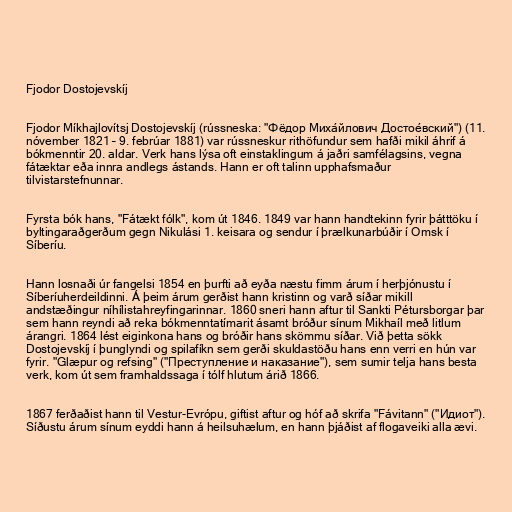
Fjodor Dostojevskíj

Fjodor Míkhajlovítsj Dostojevskíj (rússneska: "Фёдор Миха́йлович Достое́вский") (11.
nóvember 1821 – 9. febrúar 1881) var rússneskur rithöfundur sem hafði mikil áhrif á
bókmenntir 20. aldar. Verk hans lýsa oft einstaklingum á jaðri samfélagsins, vegna
fátæktar eða innra andlegs ástands. Hann er oft talinn upphafsmaður
tilvistarstefnunnar.

Fyrsta bók hans, "Fátækt fólk", kom út 1846. 1849 var hann handtekinn fyrir þátttöku í
byltingaraðgerðum gegn Nikulási 1. keisara og sendur í þrælkunarbúðir í Omsk í
Síberíu.

Hann losnaði úr fangelsi 1854 en þurfti að eyða næstu fimm árum í herþjónustu í
Síberíuherdeildinni. Á þeim árum gerðist hann kristinn og varð síðar mikill
andstæðingur níhílistahreyfingarinnar. 1860 sneri hann aftur til Sankti Pétursborgar þar
sem hann reyndi að reka bókmenntatímarit ásamt bróður sínum Mikhaíl með litlum
árangri. 1864 lést eiginkona hans og bróðir hans skömmu síðar. Við þetta sökk
Dostojevskíj í þunglyndi og spilafíkn sem gerði skuldastöðu hans enn verri en hún var
fyrir. "Glæpur og refsing" ("Преступление и наказание"), sem sumir telja hans besta
verk, kom út sem framhaldssaga í tólf hlutum árið 1866.

1867 ferðaðist hann til Vestur-Evrópu, giftist aftur og hóf að skrifa "Fávitann" ("Идиот").
Síðustu árum sínum eyddi hann á heilsuhælum, en hann þjáðist af flogaveiki alla ævi.